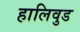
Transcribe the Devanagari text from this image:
हालिवुड